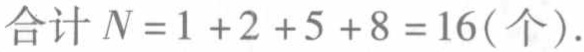
合计 \(N = 1 + 2 + 5 + 8 = 16(\text{个})\).